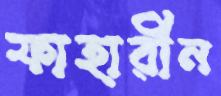
ফাহারীন